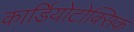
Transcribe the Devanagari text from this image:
कार्डियोटोक्सिक